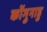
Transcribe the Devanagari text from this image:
कोंगुनाडु